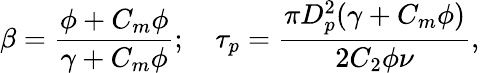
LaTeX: \beta=\frac{\phi+C_{m}\phi}{\gamma+C_{m}\phi};\quad\tau_{p}=\frac{\pi D_{p}^{2}(\gamma+C_{m}\phi)}{2C_{2}\phi\nu},